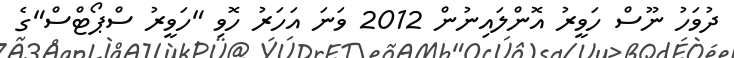
ދުވަހު ނޫސް ހަވީރު އޮންލައިނުން 2012 ވަނަ އަހަރު ހޮވި "ހަވީރު ސްޕޯޓްސް"ގެ